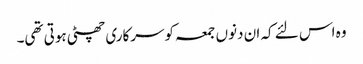
وہ اس لئے کہ ان دنوں جمعہ کوسرکاری چھٹی ہوتی تھی۔